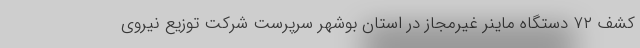
کشف ۷۲ دستگاه ماینر غیرمجاز در استان بوشهر سرپرست شرکت توزیع نیروی